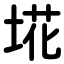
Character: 埖